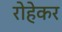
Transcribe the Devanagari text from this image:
रोहेकर